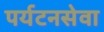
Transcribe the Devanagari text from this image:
पर्यटनसेवा